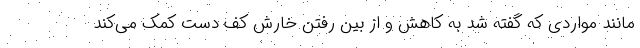
مانند مواردی که گفته شد به کاهش و از بین رفتن خارش کف دست کمک می‌کند